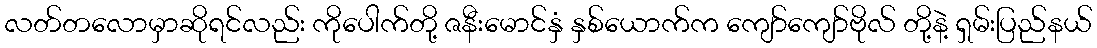
လတ်တလောမှာဆိုရင်လည်း ကိုပေါက်တို့ ဇနီးမောင်နှံ နှစ်ယောက်က ကျော်ကျော်ဗိုလ် တို့နဲ့ ရှမ်းပြည်နယ်